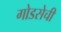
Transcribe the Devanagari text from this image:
गोडसेची